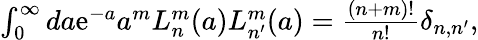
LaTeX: \begin{array}{r}{\int_{0}^{\infty}da\mathrm{e}^{-a}a^{m}L_{n}^{m}(a)L_{n^{\prime}}^{m}(a)=\frac{(n+m)!}{n!}\delta_{n,n^{\prime}},}\end{array}